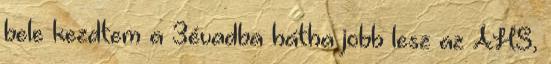
bele kezdtem a 3évadba hátha jobb lesz az AHS,